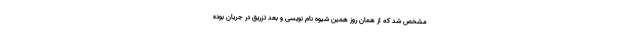
مشخص شد که از همان روز همین شیوه نام نویسی و بعد تزریق در جریان بوده